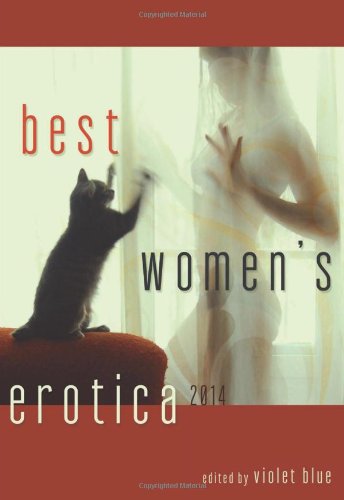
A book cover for Best Women's Erotica 2014; Romance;